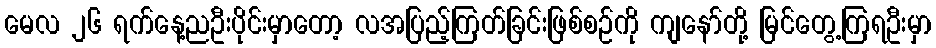
မေလ ၂၆ ရက်နေ့ညဦးပိုင်းမှာတော့ လအပြည့်ကြတ်ခြင်းဖြစ်စဉ်ကို ကျနော်တို့ မြင်တွေ့ကြရဦးမှာ